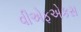
વીએફએકસ